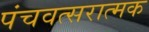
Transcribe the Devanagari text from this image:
पंचवत्सरात्मक